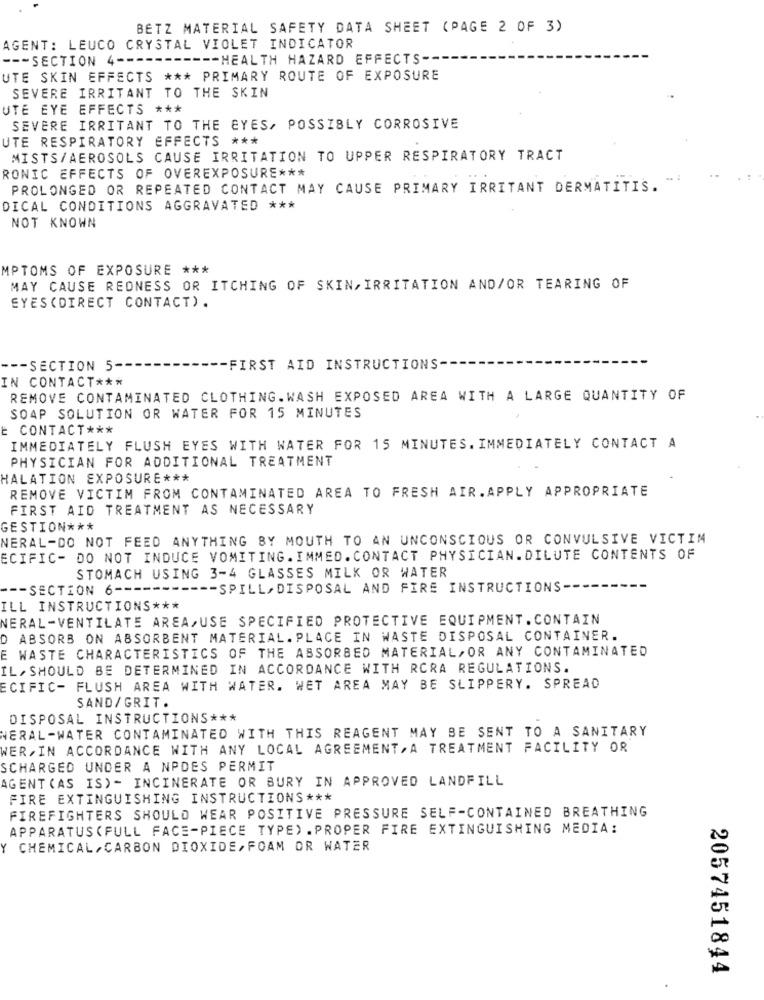
BETZ MATERIAL SAFETY DATA SHEET (PAGE 2 OF 3)
AGENT: LEUCO CRYSTAL VIOLET INDICATOR
--- SECTION 4 ----
------- HEALTH HAZARD EFFECTS --
UTE SKIN EFFECTS *** PRIMARY ROUTE OF EXPOSURE
SEVERE IRRITANT TO THE SKIN
UTE EYE EFFECTS ***
SEVERE IRRITANT TO THE EYES, POSSIBLY CORROSIVE
UTE RESPIRATORY EFFECTS ***
MISTS/AEROSOLS CAUSE IRRITATION TO UPPER RESPIRATORY TRACT
RONIC EFFECTS OF OVEREXPOSURE ***
PROLONGED OR REPEATED CONTACT MAY CAUSE PRIMARY IRRITANT DERMATITIS.
DICAL CONDITIONS AGGRAVATED ***
NOT KNOWN
MPTOMS OF EXPOSURE ***
MAY CAUSE REDNESS OR ITCHING OF SKIN, IRRITATION AND/OR TEARING OF
EYES ( DIRECT CONTACT) .
--- SECTION 5-
-FIRST AID INSTRUCTIONS --
IN CONTACT ***
REMOVE CONTAMINATED CLOTHING. WASH EXPOSED AREA WITH A LARGE QUANTITY OF
SOAP SOLUTION OR WATER FOR 15 MINUTES
: CONTACT ***
IMMEDIATELY FLUSH EYES WITH WATER FOR 15 MINUTES. IMMEDIATELY CONTACT A
PHYSICIAN FOR ADDITIONAL TREATMENT
HALATION EXPOSURE ***
REMOVE VICTIM FROM CONTAMINATED AREA TO FRESH AIR. APPLY APPROPRIATE
FIRST AID TREATMENT AS NECESSARY
GESTION ***
NERAL-DO NOT FEED ANYTHING BY MOUTH TO AN UNCONSCIOUS OR CONVULSIVE VICTIM
ECIFIC- DO NOT INDUCE VOMITING. IMMED.CONTACT PHYSICIAN.DILUTE CONTENTS OF
STOMACH USING 3-4 GLASSES MILK OR WATER
--- SECTION 6 ---
--- SPILL, DISPOSAL AND FIRE INSTRUCTIONS-
ILL INSTRUCTIONS ***
NERAL-VENTILATE AREA,USE SPECIFIED PROTECTIVE EQUIPMENT.CONTAIN
D ABSORB ON ABSORBENT MATERIAL. PLACE IN WASTE DISPOSAL CONTAINER.
E WASTE CHARACTERISTICS OF THE ABSORBED MATERIAL,OR ANY CONTAMINATED
IL, SHOULD BE DETERMINED IN ACCORDANCE WITH RCRA REGULATIONS.
ECIFIC- FLUSH AREA WITH WATER. WET AREA MAY BE SLIPPERY. SPREAD
SAND/GRIT.
DISPOSAL INSTRUCTIONS ***
NERAL-WATER CONTAMINATED WITH THIS REAGENT MAY BE SENT TO A SANITARY
WER, IN ACCORDANCE WITH ANY LOCAL AGREEMENT, A TREATMENT FACILITY OR
SCHARGED UNDER A NPDES PERMIT
AGENT (AS IS) - INCINERATE OR BURY IN APPROVED LANDFILL
FIRE EXTINGUISHING INSTRUCTIONS ***
FIREFIGHTERS SHOULD WEAR POSITIVE PRESSURE SELF-CONTAINED BREATHING
APPARATUS(FULL FACE-PIECE TYPE) .PROPER FIRE EXTINGUISHING MEDIA:
Y CHEMICAL,CARBON DIOXIDE, FOAM OR WATER
2057451844